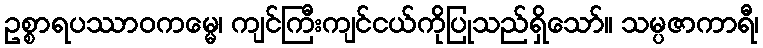
ဥစ္စာရပဿာဝကမ္မေ၊ ကျင်ကြီးကျင်ငယ်ကိုပြုသည်ရှိသော်။ သမ္ပဇာကာရီ၊